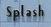
splash